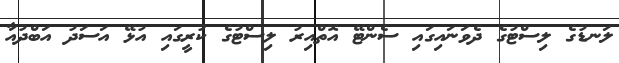
ލަނޑުގެ ލިސްޓުގެ ދެވަނައިގައި ސެންޓޭ އޮތްއިރު ލިސްޓުގެ ކުރީގައި އުޅޭ އަސަދު އަބްދުއާ